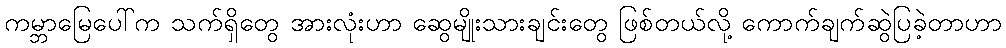
ကမ္ဘာမြေပေါ်က သက်ရှိတွေ အားလုံးဟာ ဆွေမျိုးသားချင်းတွေ ဖြစ်တယ်လို့ ကောက်ချက်ဆွဲပြခဲ့တာဟာ